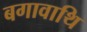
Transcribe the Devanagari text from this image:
बगावाथि